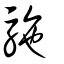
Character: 駞